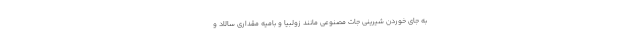
به جای خوردن شیرینی جات مصنوعی مانند زولبیا و بامیه مقداری سالاد و